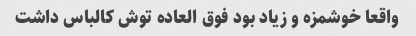
واقعا خوشمزه و زیاد بود فوق العاده توش کالباس داشت